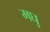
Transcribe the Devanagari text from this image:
मघु